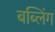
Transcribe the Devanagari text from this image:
बब्लिंग